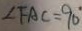
\angle F A C = 9 0 ^ { \circ }